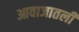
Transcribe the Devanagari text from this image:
आवाजातली